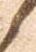
候